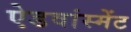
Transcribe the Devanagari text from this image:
ऐडवांस्मेंट